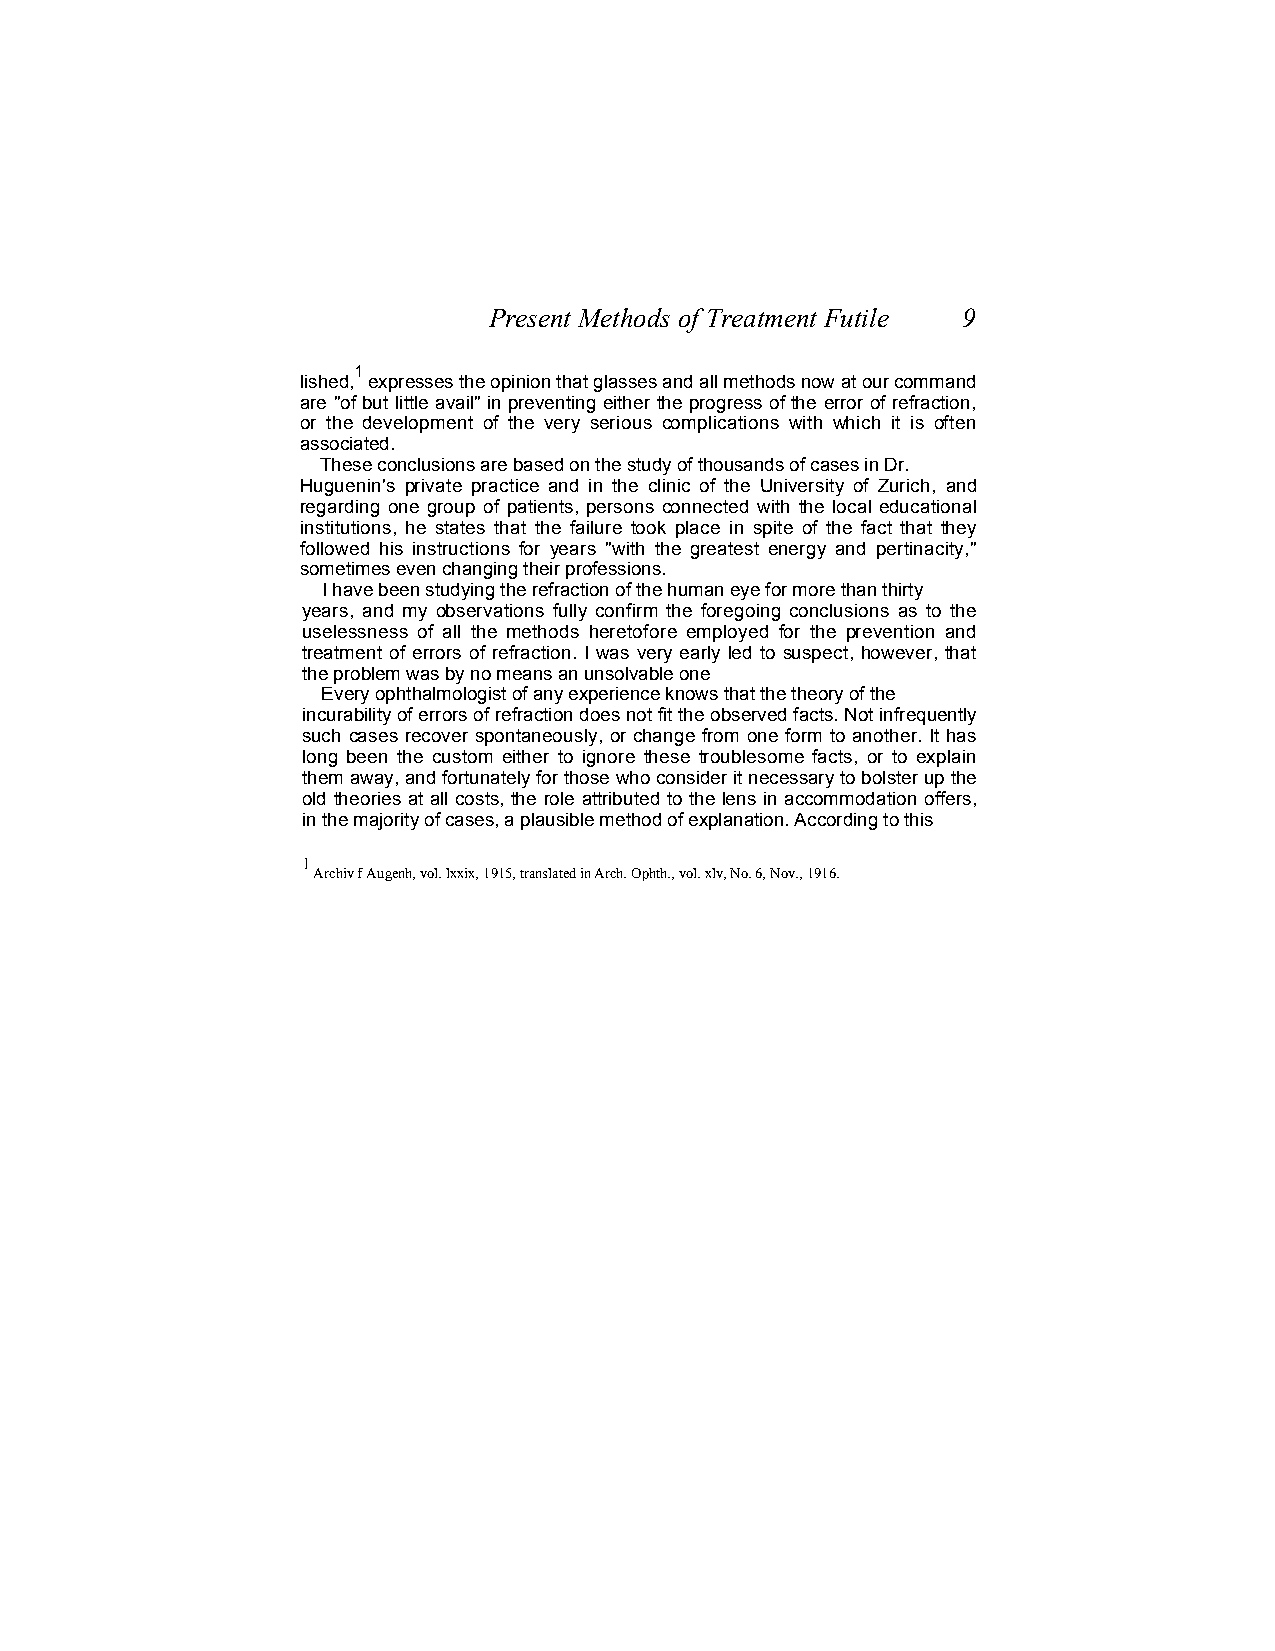
Present Methods of Treatment Futile 9
 1
 lished, expresses the opinion that glasses and all methods now at our command
 are "of but little avail" in preventing either the progress of the error of refraction,
 or the development of the very serious complications with which it is often
 associated.
 These conclusions are based on the study of thousands of cases in Dr.
 Huguenin's private practice and in the clinic of the University of Zurich, and
 regarding one group of patients, persons connected with the local educational
 institutions, he states that the failure took place in spite of the fact that they
 followed his instructions for years "with the greatest energy and pertinacity,"
 sometimes even changing their professions.
 I have been studying the refraction of the human eye for more than thirty
 years, and my observations fully confirm the foregoing conclusions as to the
 uselessness of all the methods heretofore employed for the prevention and
 treatment of errors of refraction. I was very early led to suspect, however, that
 the problem was by no means an unsolvable one
 Every ophthalmologist of any experience knows that the theory of the
 incurability of errors of refraction does not fit the observed facts. Not infrequently
 such cases recover spontaneously, or change from one form to another. It has
 long been the custom either to ignore these troublesome facts, or to explain
 them away, and fortunately for those who consider it necessary to bolster up the
 old theories at all costs, the role attributed to the lens in accommodation offers,
 in the majority of cases, a plausible method of explanation. According to this
 1
 Archiv f Augenh, vol. lxxix, 1915, translated in Arch. Ophth., vol. xlv, No. 6, Nov., 1916.